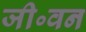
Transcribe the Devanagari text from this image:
जी॰वन